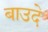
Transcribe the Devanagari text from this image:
बाउदे